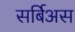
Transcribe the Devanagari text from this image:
सर्बिअस